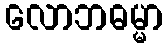
လောဘဓမ္မာ